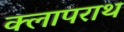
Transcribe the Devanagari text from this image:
क्लापराथ